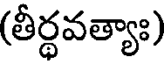
(తీర్ధవత్యాః)